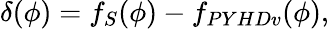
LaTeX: \delta(\phi)=f_{S}(\phi)-f_{PYHDv}(\phi),